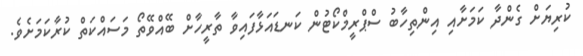
ކުރިޔަށް ގެންދާ ކަމަށާއި އިންތިހާބު ސްޕްރީމްކޯޓުން ކަނޑައަޅާފައިވާ ތާރީހާށް ބޭއްވޭތޯ މަސައްކަތް ކުރާކަމަށެވެ.